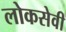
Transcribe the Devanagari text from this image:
लोकसेवी